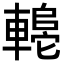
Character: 𬧼